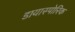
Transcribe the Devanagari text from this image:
डायास्पोरिक